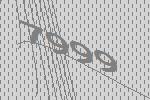
7999